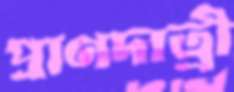
প্রাণদাত্রী